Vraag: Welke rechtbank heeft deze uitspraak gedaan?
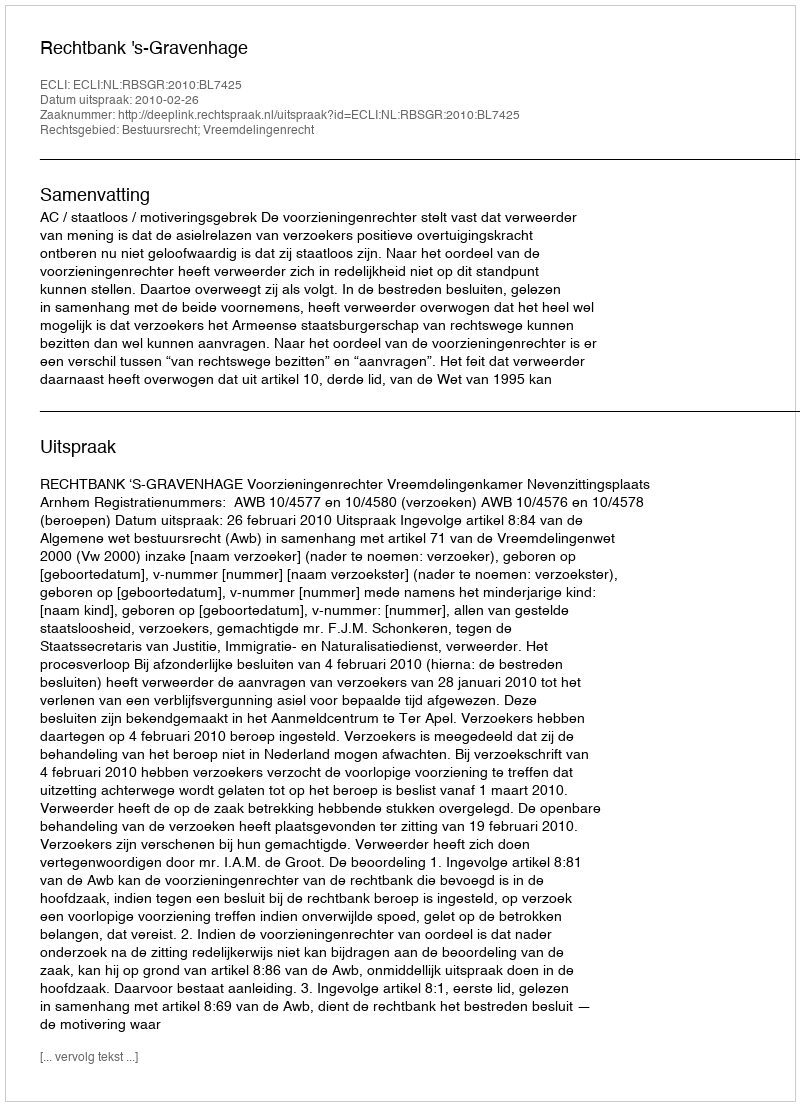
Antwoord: Rechtbank 's-Gravenhage